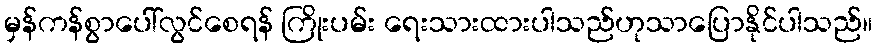
မှန်ကန်စွာပေါ်လွင်စေရန် ကြိုးပမ်း ရေးသားထားပါသည်ဟုသာပြောနိုင်ပါသည်။